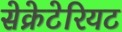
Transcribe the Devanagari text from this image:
सेक्रेटेरियट